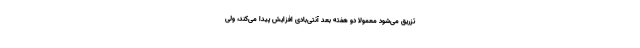
تزریق می‌شود معمولا دو هفته بعد آنتی‌بادی افزایش پیدا می‌کند، ولی